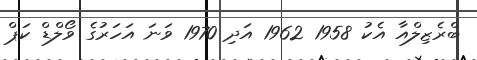
ބްރެޒިލްއާ އެކު 1958 1962 އަދި 1970 ވަނަ އަހަރުގެ ވޯލްޑް ކަޕް